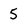
Character: 5